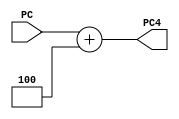
`timescale 1ns/100ps

//ADDER TO COUNT THE ADDITIONAL PART
module adder_4(PC,PC4);
input [31:0] PC;
output  [31:0] PC4;

assign  #1 PC4=PC+32'd4;//ADD 4 TO PC
endmodule

//J,BEQ,BNE ADDER
module shift_adder(SHIFTS,OFFSET);
input [7:0] SHIFTS;//INPUT SHIFTS
output reg [31:0] OFFSET;//OUTPUT OFFSET CALCULATED

    always@(SHIFTS)//CHANGE WITH SHIFT SIGNAL
    begin
       if(SHIFTS)
       #2;OFFSET=$signed({SHIFTS,2'b00});//CALCULATE OFFSET
    end
endmodule